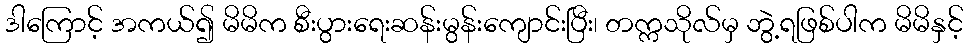
ဒါကြောင့် အကယ်၍ မိမိက စီးပွားရေးဆန်းမွန်းကျောင်းပြီး၊ တက္ကသိုလ်မှ ဘွဲ့ရဖြစ်ပါက မိမိနှင့်